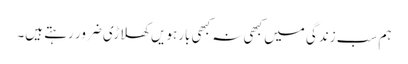
ہم سب زندگی میں کبھی نہ کبھی بارہویں کھلاڑی ضرور رہتے ہیں۔